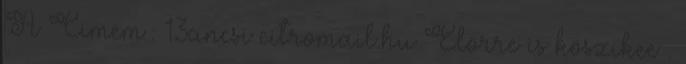
:Á Cimem : 13ancsi citromail.hu Elörre is köszikee .